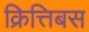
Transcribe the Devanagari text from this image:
क्रित्तिबस